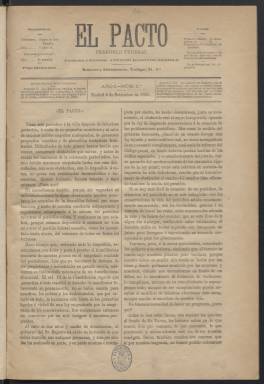
Título: El Pacto (Madrid)
Colección: Periódicos
Ámbito geográfico: Madrid
Lugar de publicación: Madrid
Fechas: 08/09/1883-15/10/1883